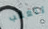
تتعقب